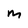
Character: M